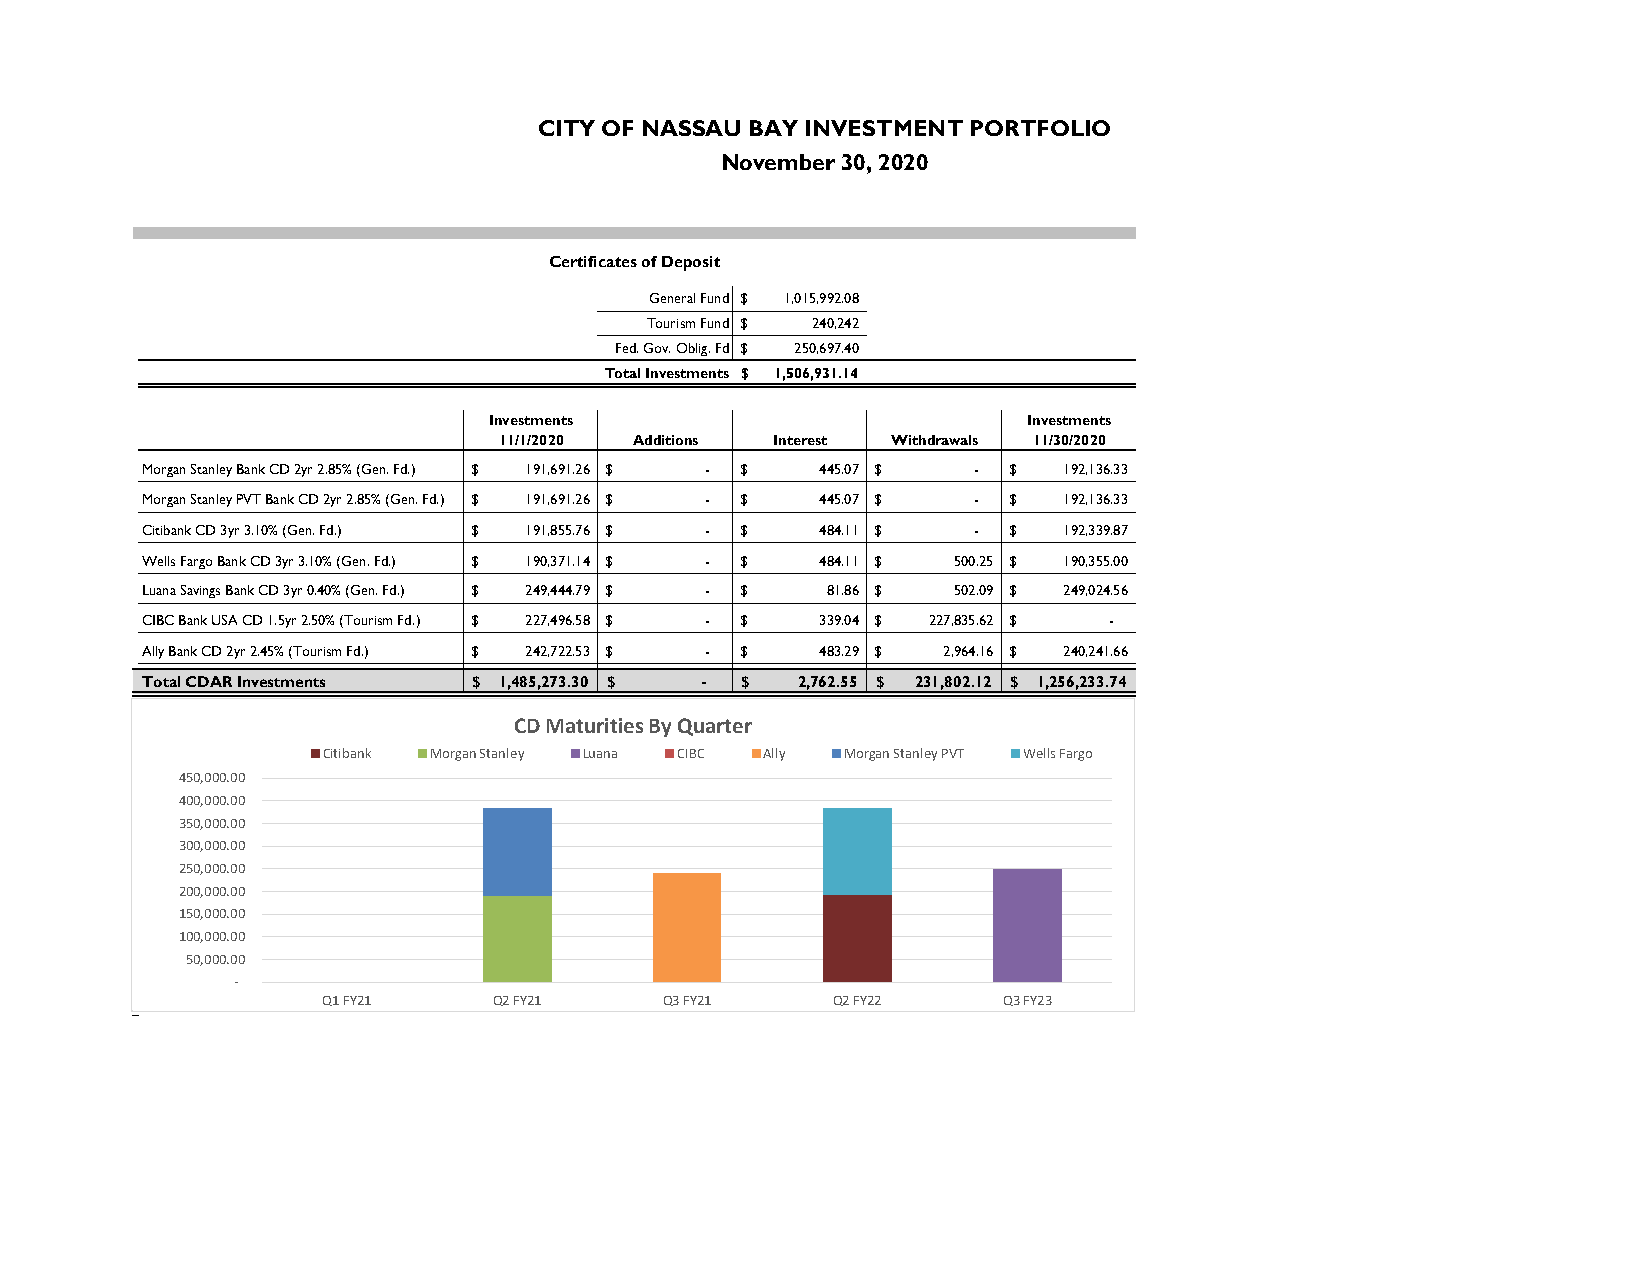
CITY OF NASSAU BAY INVESTMENT PORTFOLIO
 November 30, 2020
 Certificates of Deposit
 General Fund $ 1,015,992.08
 Tourism Fund $ 240,242
 Fed. Gov. Oblig. Fd $ 250,697.40
 Total Investments $ 1,506,931.14
 Investments                         Investments
 11/1/2020 Additions Interest Withdrawals 11/30/2020
 Morgan Stanley Bank CD 2yr 2.85% (Gen. Fd.) $ 191,691.26 $ - $ 4 45.07 $ - $ 192,136.33
 Morgan Stanley PVT Bank CD 2yr 2.85% (Gen. Fd.) $ 191,691.26 $ - $ 4 45.07 $ - $ 192,136.33
 Citibank CD 3yr 3.10% (Gen. Fd.) $ 191,855.76 $ - $ 4 84.11 $ - $ 192,339.87
 Wells Fargo Bank CD 3yr 3.10% (Gen. Fd.) $ 190,371.14 $ - $ 4 84.11 $ 5 00.25 $ 190,355.00
 Luana Savings Bank CD 3yr 0.40% (Gen. Fd.) $ 249,444.79 $ - $ 81.86 $ 5 02.09 $ 249,024.56
 CIBC Bank USA CD 1.5yr 2.50% (Tourism Fd.) $ 227,496.58 $ - $ 3 39.04 $ 227,835.62 $ -
 Ally Bank CD 2yr 2.45% (Tourism Fd.) $ 242,722.53 $ - $ 4 83.29 $ 2,964.16 $ 240,241.66
 Total CDAR Investments $ 1,485,273.30 $ - $ 2,762.55 $ 231,802.12 $ 1,256,233.74
 CD Maturities By Quarter
 Citibank Morgan Stanley Luana CIBC Ally Morgan Stanley PVT Wells Fargo
 450,000.00
 400,000.00
 350,000.00
 300,000.00
 250,000.00
 200,000.00
 150,000.00
 100,000.00
 50,000.00
 -
 Q1 FY21    Q2 FY21     Q3 FY21    Q2 FY22    Q3 FY23